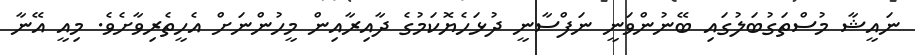
ނައީޝާ މުސްތަގުބަލުގައި ބޭނުންވަނީ ނަފްސާނީ ދުޅަހެޔޮކަމުގެ ދާއިރާއިން މީހުންނަށް އެހީތެރިވާށެވެ. މިއީ އޭނާ